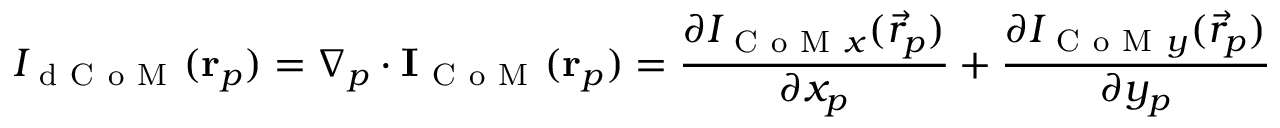
I _ { \mathrm { ~ d ~ C ~ o ~ M ~ } } ( \mathbf { r } _ { p } ) = \nabla _ { p } \cdot \mathbf { I } _ { \mathrm { ~ C ~ o ~ M ~ } } ( \mathbf { r } _ { p } ) = \frac { \partial I _ { \mathrm { ~ C ~ o ~ M ~ } x } ( \vec { r } _ { p } ) } { \partial x _ { p } } + \frac { \partial I _ { \mathrm { ~ C ~ o ~ M ~ } y } ( \vec { r } _ { p } ) } { \partial y _ { p } }